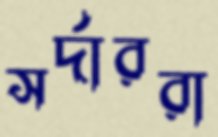
সর্দাররা